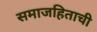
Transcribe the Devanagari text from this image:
समाजहिताची